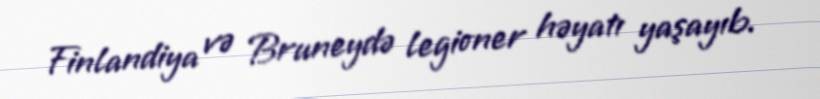
Finlandiya və Bruneydə legioner həyatı yaşayıb.